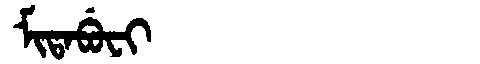
Manchu: ᠮᡳᡨᠠᠪᡠᠸᡳ
Romanization: MITABUFI